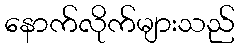
နောက်လိုက်များသည်